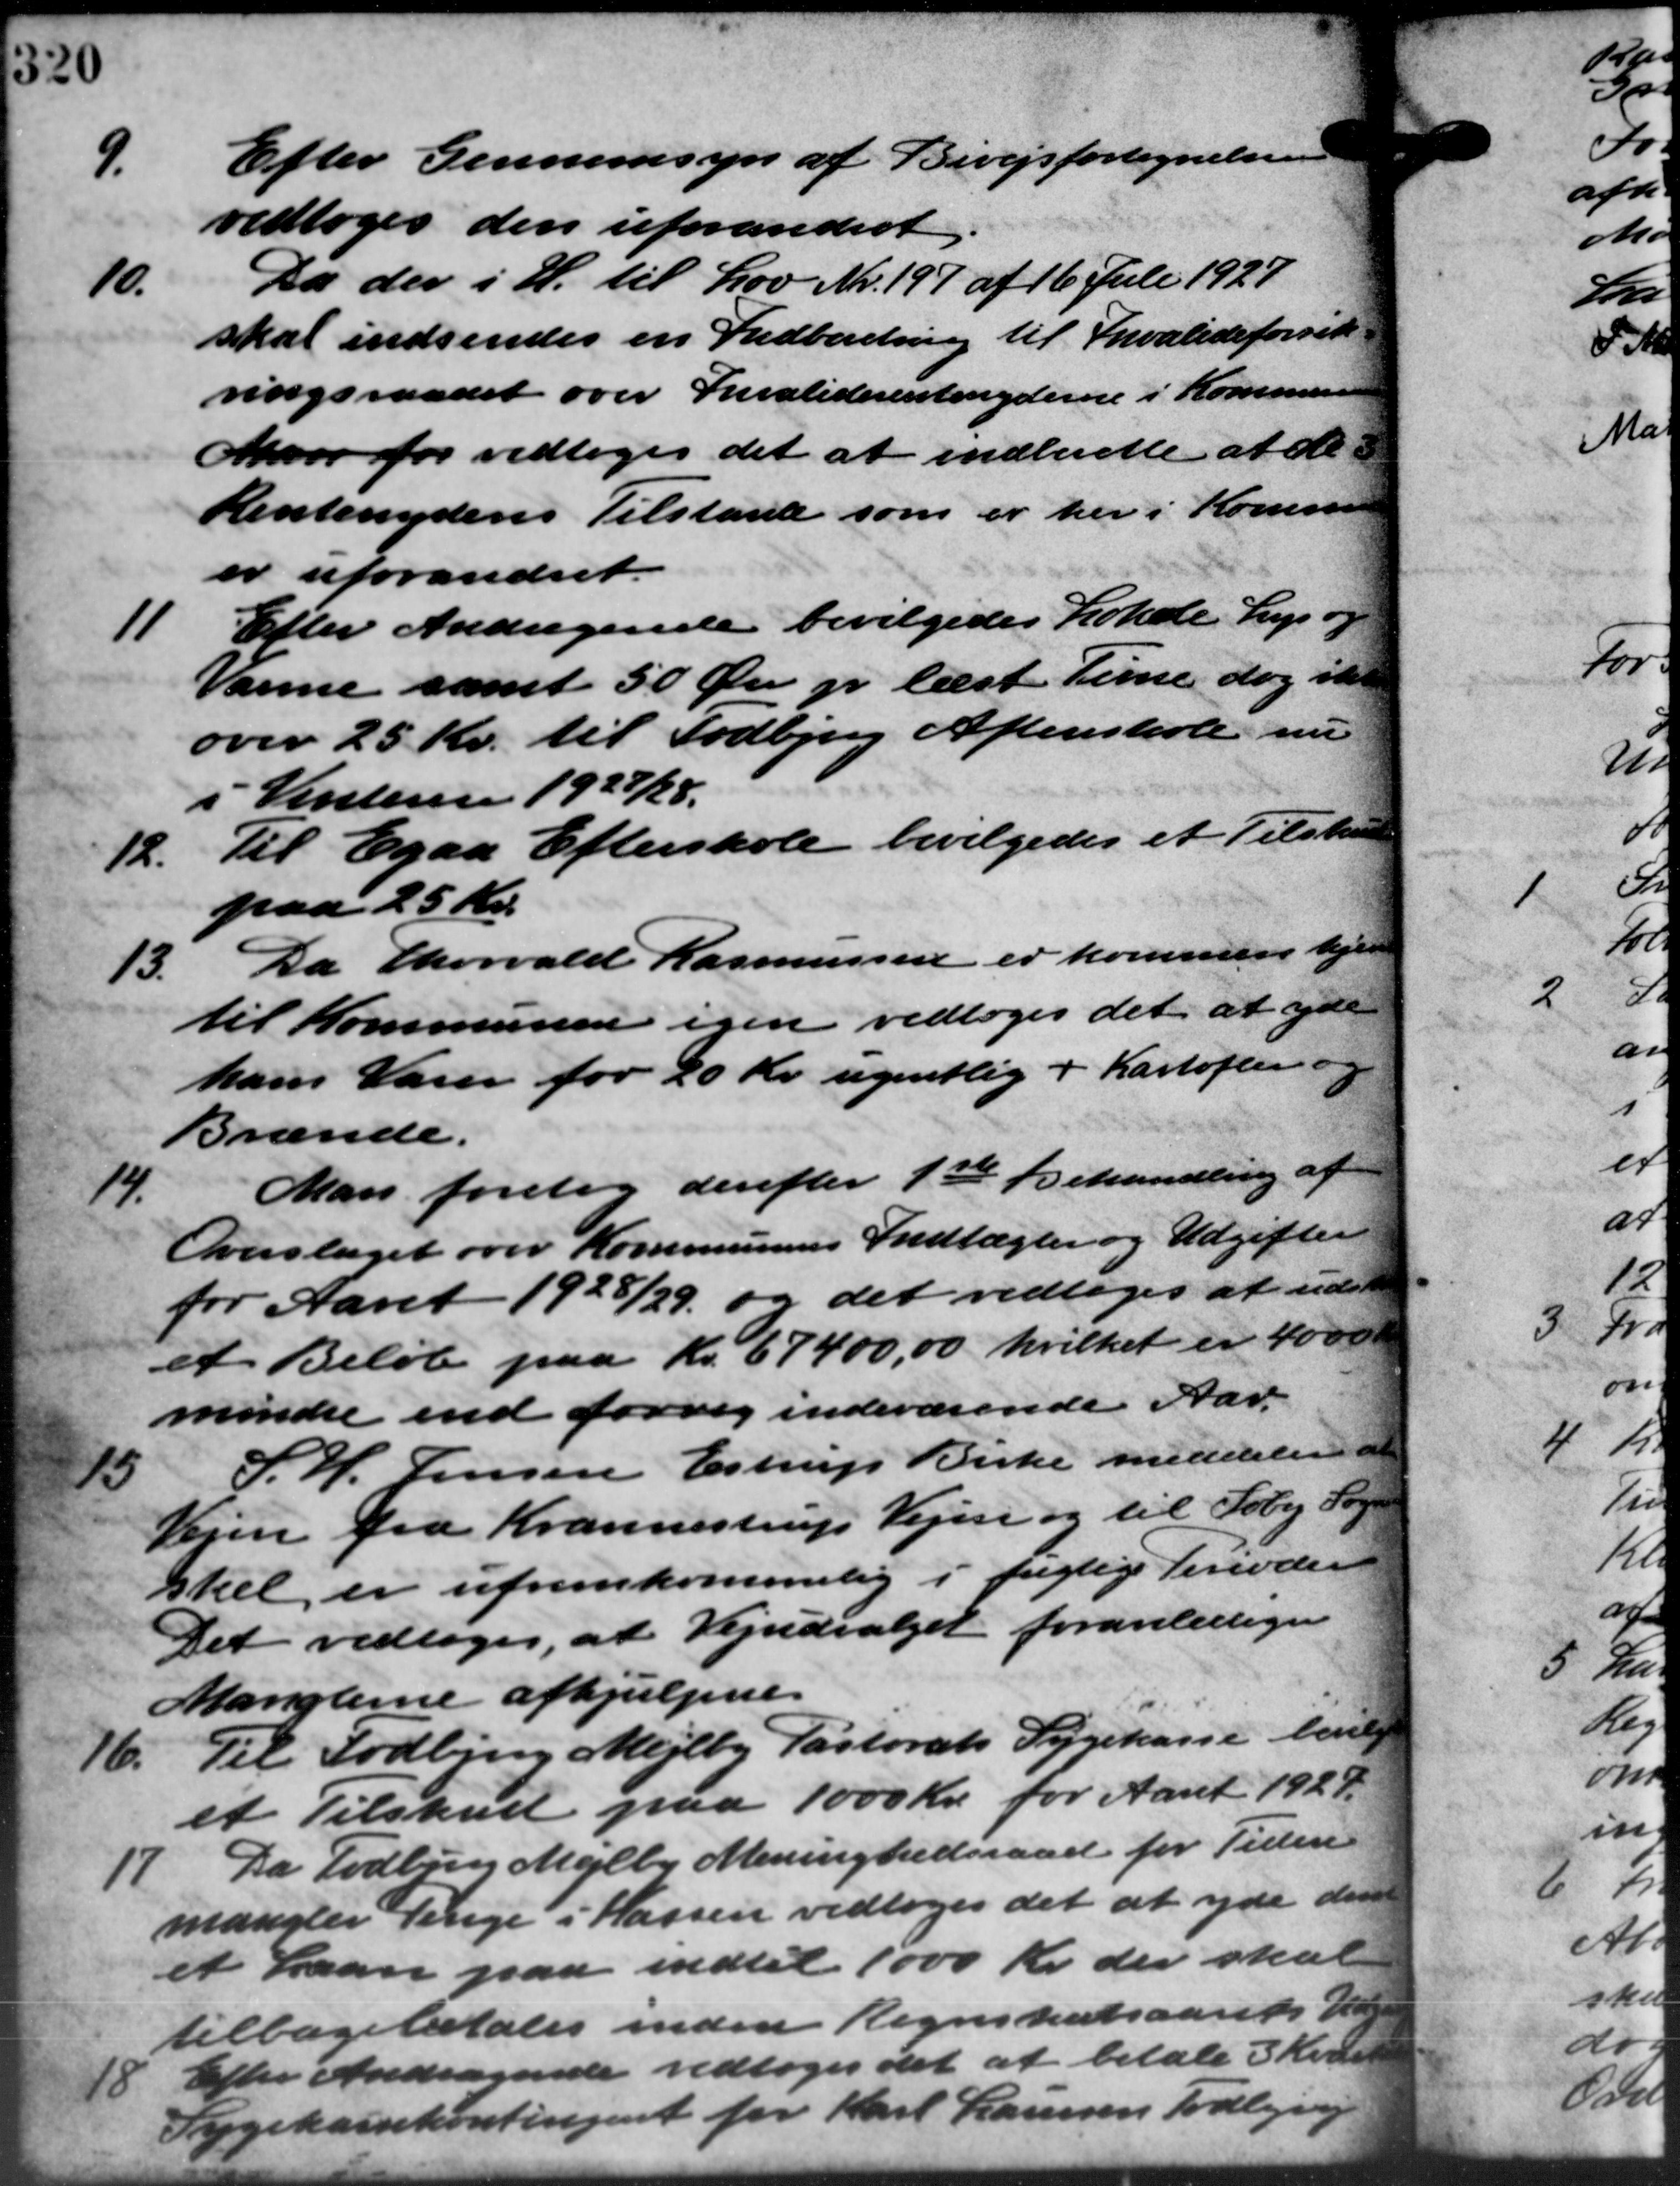
Transskription:
Efter Gennemsyn af Bivejsfortegnelsen
9.
vedtoges den uforandret
10.
Da der i H. til Lov Nr. 197 af 16 Juli 1927
skal indsendes en Indberetning til Invalideforsik-
ringsraadet over Invaliderentenyderne i Kommunen
Mar for vedtoges det at indberette at de
Rentenyderes Tilstande som er her i Kommune
er uforandret.
11
Efter Andragende bevilgedes Lokale Lys og
Varme samt 50 Øre pr. læst. Time dog ikke
over 25 Kr. til Todbjerg Aftenskole nu
i Vinteren 1927/28.
12. Til Egaa Efterskole bevilgedes et Tilskud
12. Til Egaa Efterskole bevilgedes et Tilskud
paa 25 Kr.
13.
Da Thorvald Rasmussen er kommune hjem
til Kommunen igen vedtoges det at yde
hans Varer for 20 Kr. ugentlig i Kartofler og
Brænde.
14.
Man foretog derefter 1ste Behandling af
Overslaget over Kommunens Indtægter og Udgifter
for Aaret 1928/29 og det vedtoges at udst
et Beløb paa Kr. 67400,00 hvilket er 4000.
mindre end forrig indeværende Aar
15
S. H. Jensen Estrup Birke meddeler at
Vejen fra Krannestrup Vejen og til Søby Sogn
skel er ufremkommelig i fugtige Perioder
Det vedtoges, at Vejudvalget foranlediger
Manglerne afhjælpen.
76.
Til Todbjerg Mejlby Pastorats Sygekasse bevilg
et Tilskud paa 1000 Kr. for Aaret 1924.
17. Da Todbjerg Mejlby Meninghedsraad for Tiden
17. Da Todbjerg Mejlby Meninghedsraad for Tiden
mangler Penge i Kassen vedtoges det at yde den
et Laan paa indtil 1000 Kr. der skal
tilbagebetales inden Regnskabsaarets Kage
18 Efter Andragende vedtoges det at betale 3 Kvart
18 Efter Andragende vedtoges det at betale 3 Kvart
Sygekassekontingent for Karl Laursen Todbjerg